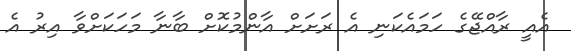
އެއީ ރާއްޖޭގެ ހަމައެކަނި އެ ރަށަށް އާންމުކޮށް ބާނާ މަހަކަށްވާ އިރު އެ